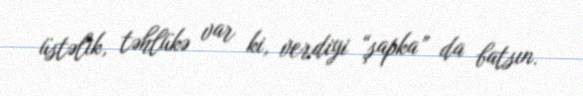
üstəlik, təhlükə var ki, verdiyi “şapka” da batsın.